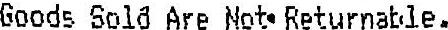
GOODS SOLD ARE NOT RETURNABLE.